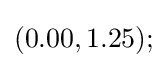
(0.00,1.25);